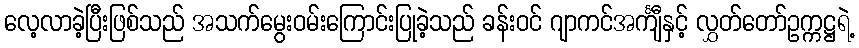
လေ့လာခဲ့ပြီးဖြစ်သည် အသက်မွေးဝမ်းကြောင်းပြုခဲ့သည် ခန်းဝင် ဂျာကင်အင်္ကျီနှင့် လွှတ်တော်ဥက္ကဋ္ဌရဲ့